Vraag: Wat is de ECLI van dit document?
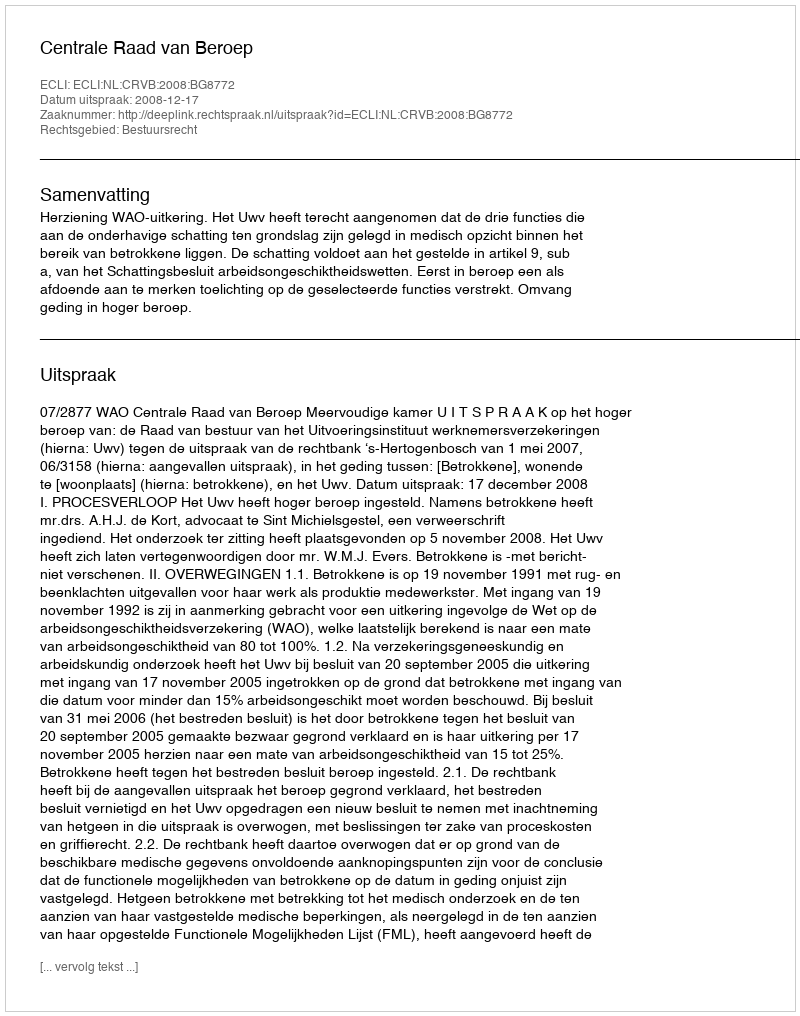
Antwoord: ECLI:NL:CRVB:2008:BG8772